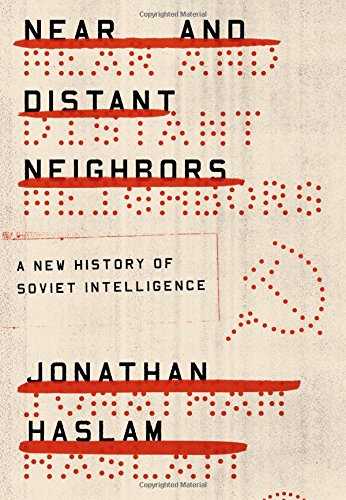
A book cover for Near and Distant Neighbors: A New History of Soviet Intelligence; Jonathan Haslam; Biographies & Memoirs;